Civil Veterinary Dept. Bombay admin report 1914-1922 - 1914-1922
Year: 1914
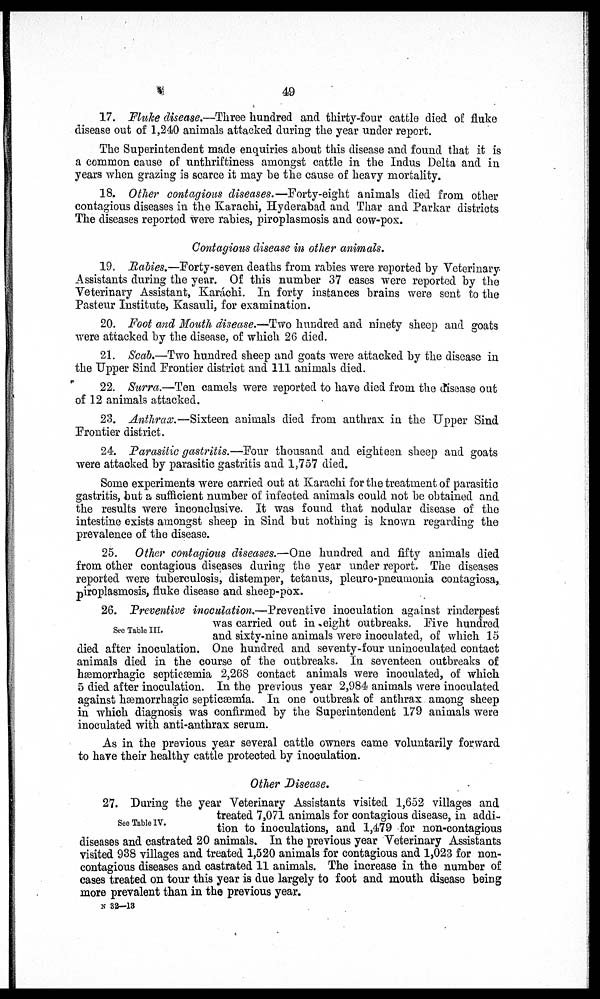
49
17. Fluke disease.—Three hundred and thirty-four cattle died of fluke
disease out of 1,240 animals attacked during the year under report.
The Superintendent made enquiries about this disease and found that it is
a common cause of unthriftiness amongst cattle in the Indus Delta and in
years when grazing is scarce it may be the cause of heavy mortality.
18. Other contagious diseases.—Forty-eight animals died from other
contagious diseases in the Karachi, Hyderabad and Thar and Parkar districts
The diseases reported were rabies, piroplasmosis and cow-pox.
Contagious disease in other animals.
19. Rabies.—Forty-seven deaths from rabies were reported by Veterinary-
Assistants during the year. Of this number 37 cases were reported by the
Veterinary Assistant, Karáchi. In forty instances brains were sent to the
Pasteur Institute, Kasauli, for examination.
20. Foot and Mouth disease.—Two hundred and ninety sheep and goats
were attacked by the disease, of which 26 died.
21. Scab.—Two hundred sheep and goats were attacked by the disease in
the Upper Sind Frontier district and 111 animals died.
22. Surra.—Ten camels were reported to have died from the disease out
of 12 animals attacked.
23. Anthrax.—Sixteen animals died from anthrax in the Upper Sind
Frontier district.
24. Parasitic gastritis.—Four thousand and eighteen sheep and goats
were attacked by parasitic gastritis and 1,757 died.
Some experiments were carried out at Karachi for the treatment of parasitic
gastritis, but a sufficient number of infected animals could not be obtained and
the results were inconclusive. It was found that nodular disease of the
intestine exists amongst sheep in Sind but nothing is known regarding the
prevalence of the disease.
25. Other contagious diseases.—One hundred and fifty animals died
from other contagious diseases during the year under report. The diseases
reported were tuberculosis, distemper, tetanus, pleuro-pneumonia contagiosa,
piroplasmosis, fluke disease and sheep-pox.
See Table III.
26. Preventive inoculation.—Preventive inoculation against rinderpest
was carried out in eight outbreaks. Five hundred
and sixty-nine animals were inoculated, of which 15
died after inoculation. One hundred and seventy-four uninoculated contact
animals died in the course of the outbreaks. In seventeen outbreaks of
hæmorrhagic septicæmia 2,268 contact animals were inoculated, of which
5 died after inoculation. In the previous year 2,984 animals were inoculated
against hæmorrhagic septicæmia. In one outbreak of anthrax among sheep
in which diagnosis was confirmed by the Superintendent 179 animals were
inoculated with anti-anthrax serum.
As in the previous year several cattle owners came voluntarily forward
to have their healthy cattle protected by inoculation.
Other Disease.
See Table IV.
27. During the year Veterinary Assistants visited 1,652 villages and
treated 7,071 animals for contagious disease, in addi-
tion to inoculations, and 1,479 for non-contagious
diseases and castrated 20 animals. In the previous year Veterinary Assistants
visited 938 villages and treated 1,520 animals for contagious and 1,023 for non-
contagious diseases and castrated 11 animals. The increase in the number of
cases treated on tour this year is due largely to foot and mouth disease being
more prevalent than in the previous year.
N 32—13